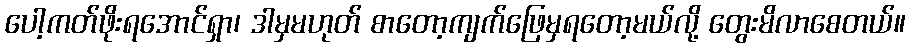
ပေါ့ကတ်ဖိုးရအောင်ရှာ၊ ဒါမှမဟုတ် စာတော့ကျက်ဖြေမှရတော့မယ်လို့ တွေးမိလာစေတယ်။